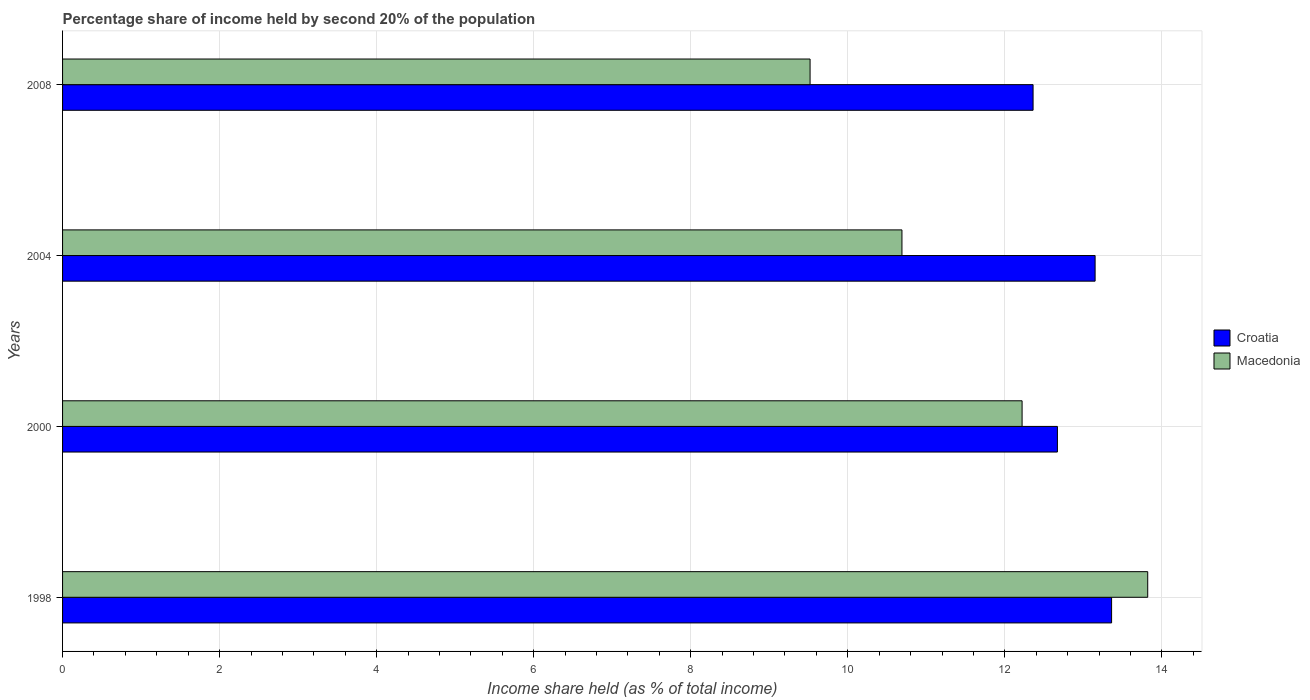
| Years | Croatia | Macedonia |
 | --- | --- | --- |
 | 1998 | 13.4 | 13.8 |
 | 2000 | 12.7 | 12.2 |
 | 2004 | 13.2 | 10.7 |
 | 2008 | 12.4 | 9.52 |